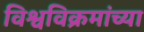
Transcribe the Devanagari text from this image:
विश्वविक्रमांच्या